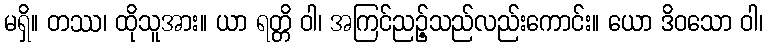
မရှိ။ တဿ၊ ထိုသူအား။ ယာ ရတ္တိ ဝါ၊ အကြင်ညဉ့်သည်လည်းကောင်း။ ယော ဒိဝသော ဝါ၊